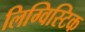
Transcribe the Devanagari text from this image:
लिग्विस्टिक